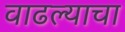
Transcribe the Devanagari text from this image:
वाढल्याचा